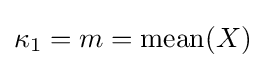
{\textstyle \kappa _{1}=m=\operatorname {mean} (X)}